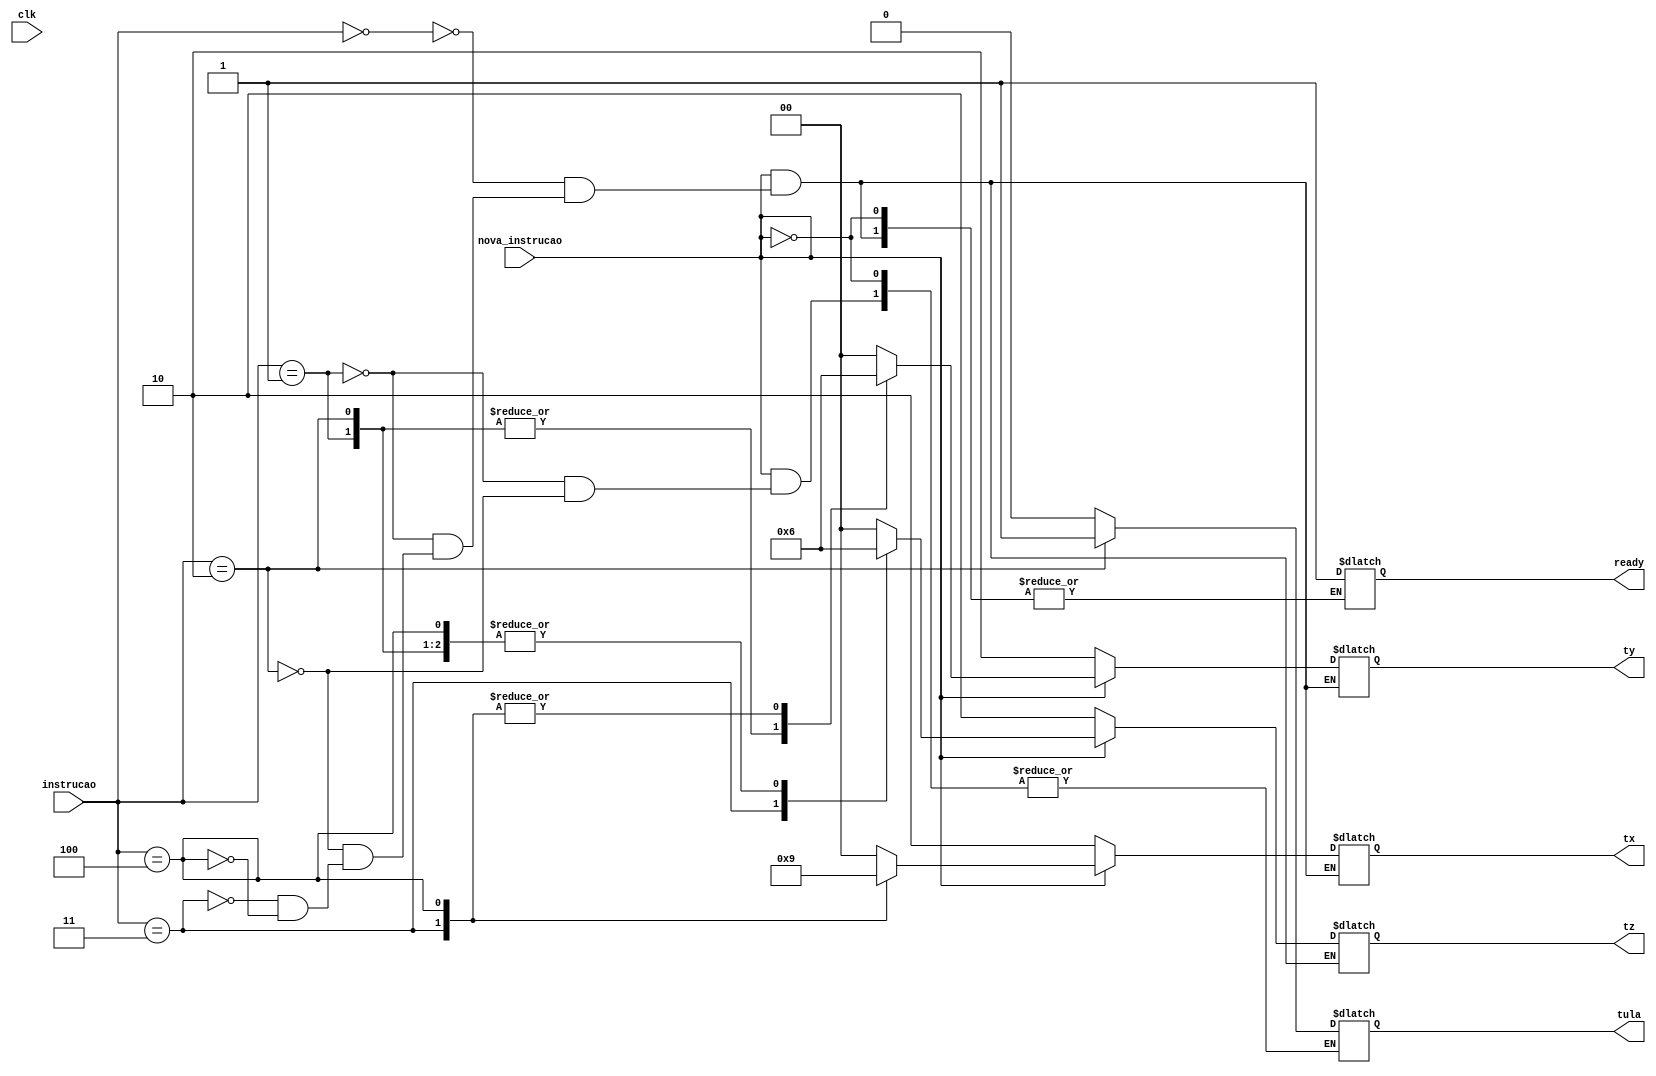
module controle(nova_instrucao, instrucao, clk, ready, tx, ty, tz, tula);
	input wire nova_instrucao, clk;
	input wire [2:0] instrucao;
	output reg ready, tula;
	output reg[1:0] tx, ty, tz;
	
	parameter IDLE = 3'b101, CLRLD = 3'b000, ADD = 3'b001, SUB = 3'b010, DISP = 3'b011, LOAD = 3'b100;
	parameter clear = 2'b00, load = 2'b01, hold = 2'b10;
	

	always @ (*)
	begin
	if (nova_instrucao == 0)
		begin
			tx <= hold;
			ty <= hold;
			tz <= hold;
		end
	else begin
		case(instrucao)		
		CLRLD:
		begin
			ready <= 1'b0;
			tx <=  2'b00; 
			ty <=  2'b00;
			tz <=  2'b00;
			ready <= 1'b1;
		end
		ADD:
		begin
			ready <= 1'b0;
			tula <= 1'b0;
			ty <= load;
			tx <= clear;
			tz <= hold;			
			ready <= 1'b1;
		end
		SUB:
		begin
			ready <= 1'b0;
			tula <= 1'b1;
			ty <= load;
			tx <= clear;
			tz <= hold;			
			ready <= 1'b1;
		end
		DISP:
		begin
			ready <= 1'b0;
			tx <= hold;
			ty <= hold;
			tz <= load;
			ready <= 1'b1;
		end
		LOAD:
		begin 
			ready <= 1'b0;
			tx <= load;
			ty <= hold;
			tz <= hold;
			ready <= 1'b1;
		end
		endcase
	end
	end
endmodule

module keyboard(
input wire clk, // Clock pin form keyboard
input wire data,
output reg [2:0] led,
output reg inst,//nova instrucao
input wire ready
 //Printing input data to led
);
reg [7:0] data_curr;
reg [7:0] data_pre;
reg [3:0] b;
reg flag;
integer contador;
initial
begin
b<=4'h1;
flag<=1'b0;
data_curr<=8'hf0;
data_pre<=8'hf0;
led<=3'b000;
inst <= 1'b0;
contador<=0;
end
always @(negedge clk) //Activating at negative edge of clock from keyboard
begin
case(b)
1:; //first bit
2:data_curr[0]<=data;
3:data_curr[1]<=data;
4:data_curr[2]<=data;
5:data_curr[3]<=data;
6:data_curr[4]<=data;
7:data_curr[5]<=data;
8:data_curr[6]<=data;
9:data_curr[7]<=data;
10:flag<=1'b1; //Parity bit
11:flag<=1'b0; //Ending bit
endcase
 if(b<=10)
 b<=b+1;
 else if(b==11)
 b<=1;
end
always@(posedge flag) // Printing data obtained to led
begin
	if(data_curr==8'hf0)
	begin
			if(ready) begin
				inst <= 1'b1;
				case(data_pre)
					8'h70: led<=3'b000;
					8'h69: led<=3'b001;
					8'h72: led<=3'b010;
					8'h7a: led<=3'b011;
					8'h6b: led<=3'b100;
					8'hf0: led<=3'b101;
				endcase
			end
	end

	 else
	 begin
		 inst <= 1'b0;
		 data_pre<=data_curr;
	 end
end 
endmodule

module register (data_in, tn, clk, data_out);
	input wire [7:0] data_in;
	input wire [1:0] tn;
	input wire clk;
	
	output reg [7:0] data_out;
	
	parameter clear = 2'b00, load = 2'b01, hold = 2'b10;
	reg [1:0] state;
	wire [1:0] next_state;
	
	assign next_state = fsm_function(state, tn);
	
	function [1:0] fsm_function;
		input [1:0] state;
		input [1:0] tn;
		case (state)
			hold: 
			if (tn == clear) begin
			fsm_function = clear;
			end else if (tn == load) begin 
			fsm_function = load;
			end else begin 
			fsm_function = hold;
			end
			load:
			if (tn == load) begin
			fsm_function = load;
			end else begin
			fsm_function = hold;
			end
			clear:
			if (tn == clear) begin
			fsm_function =  clear;
			end else begin
			fsm_function = hold;
			end
		endcase
	endfunction
	
	always @ (posedge clk)
	begin
		state <= next_state;
	end
	
	always @ (posedge clk)
	begin
	case(state)
		load:
		data_out <= data_in;
		clear:
		data_out <= 8'd0;
		hold:
		data_out <= data_out;
	endcase
	end
endmodule

module special_register (data_in, tn, clk, data_out);
	input wire [7:0] data_in;
	input wire [1:0] tn;
	input wire clk;
	
	output reg [7:0] data_out;
	
	parameter clear = 2'b00, load = 2'b01, hold = 2'b10;
	reg [7:0]data_aux;
	reg [1:0] state;
	wire [1:0] next_state;
	
	assign next_state = fsm_function(state, tn);
	
	function [1:0] fsm_function;
		input [1:0] state;
		input [1:0] tn;
		case (state)
			hold: 
			if (tn == clear) begin
			fsm_function = clear;
			end else if (tn == load) begin 
			fsm_function = load;
			end else begin 
			fsm_function = hold;
			end
			load:
			if (tn == load) begin
			fsm_function = load;
			end else begin
			fsm_function = hold;
			end
			clear:
			if (tn == clear) begin
			fsm_function =  clear;
			end else begin
			fsm_function = hold;
			end
		endcase
	endfunction
	
	always @ (posedge clk)
	begin
		state <= next_state;
	end
	
	always @ (posedge clk)
	begin
	case(state)
		load:
		begin
		data_out <= data_in;
		data_aux <= data_in;
		end
		clear:
		data_out <= 8'd0;
		hold:
		data_out <= data_aux;
	endcase
	end
endmodule

module ula(data_x, data_y, tula, data_ula, overflow);
		input signed [7:0] data_x, data_y;
		input tula;
		output reg signed [7:0] data_ula;
		output reg overflow;
		integer a, b;
		
		always @ (*)
		begin		
			a <= data_x;
			b <= data_y;
			
			if(tula)
				begin
				data_ula <= data_y - data_x;
				if((a-b) < -128 || (a-b) > 127)
				begin
					overflow <= 1'b1;
					end
				else
					begin
					overflow <= 1'b0;
					end
				end
			else 
				begin
				data_ula <= data_y + data_x;
				if((a+b) < -128 || (a+b) > 127)
					begin
					overflow <= 1'b1;
					end
				else
					begin
					overflow <= 1'b0;
					end
				end
			
		end
endmodule
		

module top(A,PS2_Data, PS2_Clock, clk, Y, tz, overflow);
input [7:0] A;
input PS2_Data;
input PS2_Clock;
input clk;
output [7:0] Y;
output [1:0] tz;
output overflow;
wire tula, new_instruction, ready;
wire [7:0] X, data_ula;
wire [1:0] tx, ty;
wire [2:0] instruction;

keyboard m0 (PS2_Clock, PS2_Data, instruction, new_instruction, ready);
controle m1 (new_instruction, instruction, clk, ready, tx, ty, tz, tula);
special_register x  (A, tx, clk, X);
register y  (data_ula, ty, clk, Y);
ula m2(X, Y, tula, data_ula, overflow);

endmodule